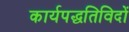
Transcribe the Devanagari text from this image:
कार्यपद्धतिविदों